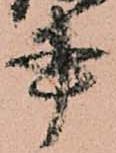
書